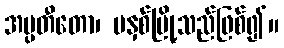
အပ္ပတီတော၊ မနှစ်မြို့သည်ဖြစ်၍။